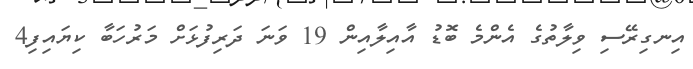
އިނގިރޭސި ވިލާތުގެ އެންމެ ބޮޑު އާއިލާއިން 19 ވަނަ ދަރިފުޅަށް މަރުހަބާ ކިޔައިފި4